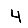
Digit: 4